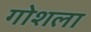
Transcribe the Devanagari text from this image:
गोशला